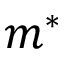
m ^ { * }